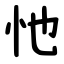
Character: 忚